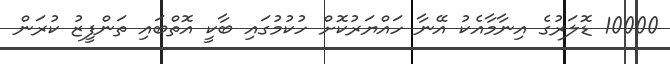
10000 ޑޮލަރުގެ އިނާމާއެކު އޭނާ ހައްޔަރުކޮށް ހުކުމުގައި ބާކީ އޮތްބައި ތަންފީޒު ކުރަން